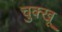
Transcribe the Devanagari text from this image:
चुक्खू